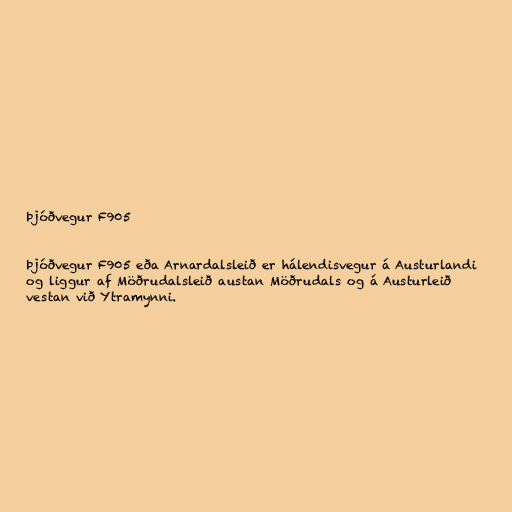
Þjóðvegur F905

Þjóðvegur F905 eða Arnardalsleið er hálendisvegur á Austurlandi
og liggur af Möðrudalsleið austan Möðrudals og á Austurleið
vestan við Ytramynni.